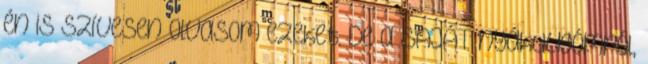
én is szívesen olvasom ezeket. De a SAJÁT nyákdugómról,